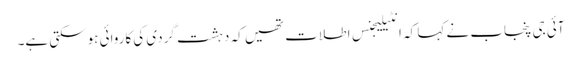
آئی جی پنجاب نے کہا کہ انٹیلیجنس اطلات تھیں کہ دہشت گردی کی کاروائی ہوسکتی ہے۔